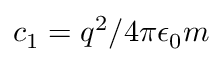
c _ { 1 } = q ^ { 2 } / 4 \pi \epsilon _ { 0 } m